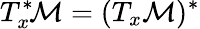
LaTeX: T_{x}^{*}\! {\mathcal{M}}=(T_{x}{\mathcal{M}})^{*}